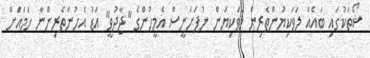
ޝޯތަކުގައި ބައެއް ލަވަކިޔުންތެރިން ލަވަކިޔަން ނުފަށަނީސް އެމީހުންގެ "ޖާދުވީ" އަޑު އެހުންތެރިންނާ ހަމައަށް